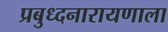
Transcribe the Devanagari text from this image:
प्रबुध्दनारायणाला